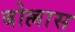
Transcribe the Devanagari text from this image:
बोल्लास